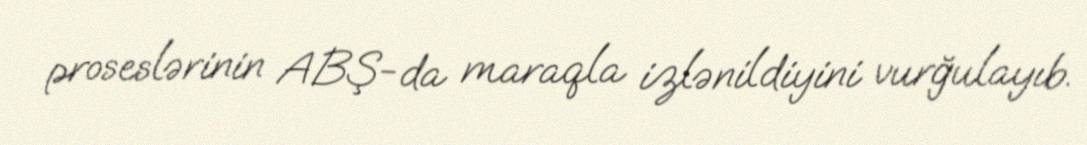
proseslərinin ABŞ-da maraqla izlənildiyini vurğulayıb.